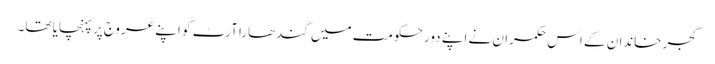
گجر خاندان کے اس حکمران نے اپنے دورِ حکومت میں گندھارا آرٹ کو اپنے عروج پر پہنچایا تھا۔